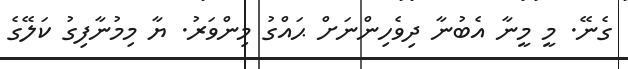
ގެނޭ. މީ މީނާ އެބުނާ ދިވެހިންނަށް ޙައްގު މިންވަރު. ޔާ މިމުނާފިގު ކަލޭގެ